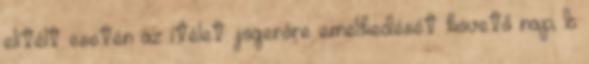
elítélt esetén az ítélet jogerőre emelkedését követő nap; b